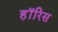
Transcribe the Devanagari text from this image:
हॉरिस